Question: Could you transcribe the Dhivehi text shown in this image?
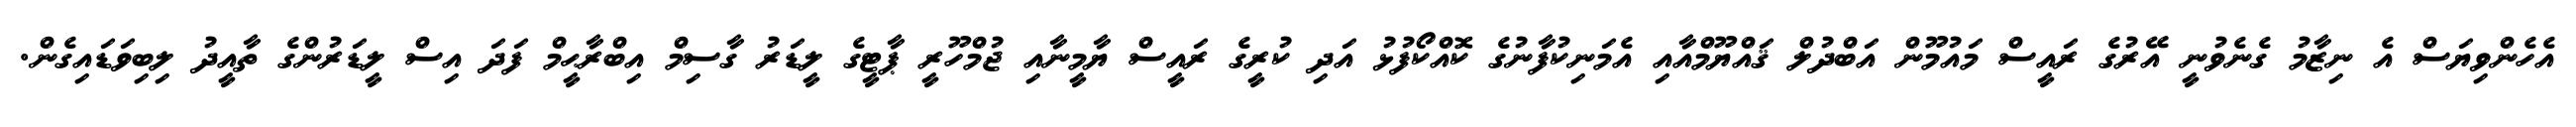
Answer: އެހެންވިޔަސް އެ ނިޒާމު ގެނެވުނީ އޭރުގެ ރައީސް މައުމޫން އަބްދުލް ޤައްޔޫމްއާއި އެމަނިކުފާނުގެ ކޮއްކޯފުޅު އަދި ކުރީގެ ރައީސް ޔާމީނާއި ޖުމްހޫރީ ޕާޓީގެ ލީޑަރު ގާސިމް އިބްރާޙީމް ފަދަ އިސް ލީޑަރުންގެ ތާއީދު ލިބިވަޑައިގެން.